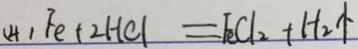
( 4 ) F e + 2 H C l = F e C l _ { 2 } + H _ { 2 } \uparrow